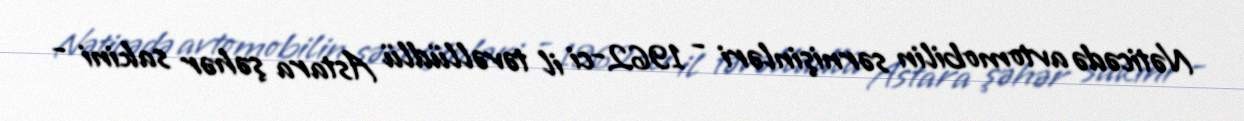
Nəticədə avtomobilin sərnişinləri - 1962-ci il təvəllüdlü Astara şəhər sakini -